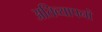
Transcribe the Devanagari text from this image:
अतिव्यापनों